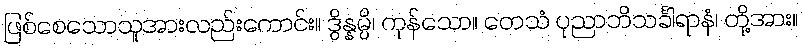
ဖြစ်စေသောသူအားလည်းကောင်း။ ဒွိန္နမ္ပိ၊ ကုန်သော။ တေသံ ပုညာဘိသင်္ခါရာနံ၊ တို့အား။